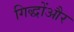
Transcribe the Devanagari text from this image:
गिद्धोंऔर